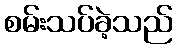
စမ်းသပ်ခဲ့သည်